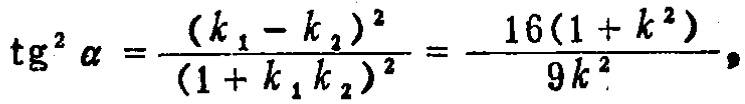
\(\text{tg}^{2}\alpha=\frac{(k_{1}-k_{2})^{2}}{(1 + k_{1}k_{2})^{2}}=\frac{16(1 + k^{2})}{9k^{2}}\)